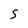
Character: S